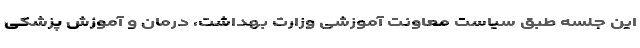
این جلسه طبق سیاست معاونت آموزشی وزارت بهداشت، درمان و آموزش پزشکی